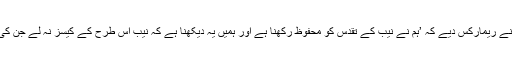
اس پر جسٹس ثاقب نثار نے ریمارکس دیے کہ ’ہم نے نیب کے تقدس کو محفوظ رکھنا ہے اور ہمیں یہ دیکھنا ہے کہ نیب اس طرح کے کیسز نہ لے جن کی بنیاد حقائق پر نہیں ہے۔